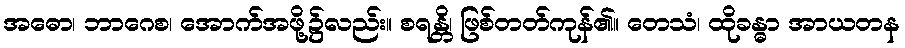
အဓော၊ ဘာဂေစ၊ အောက်အဖို့၌လည်း။ စရန္တိ၊ ဖြစ်တတ်ကုန်၏။ တေသံ၊ ထိုခန္ဓာ အာယတန